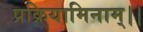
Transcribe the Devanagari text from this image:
प्रक्रियामिनाम्।।